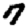
Digit: 7